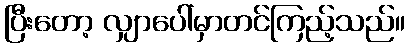
ပြီးတော့ လျှာပေါ်မှာတင်ကြည့်သည်။